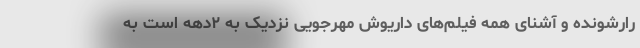
رارشونده و آشنای همه فیلم‌های داریوش مهرجویی نزدیک به ۲دهه است به